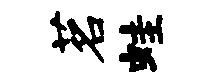
茗蛙